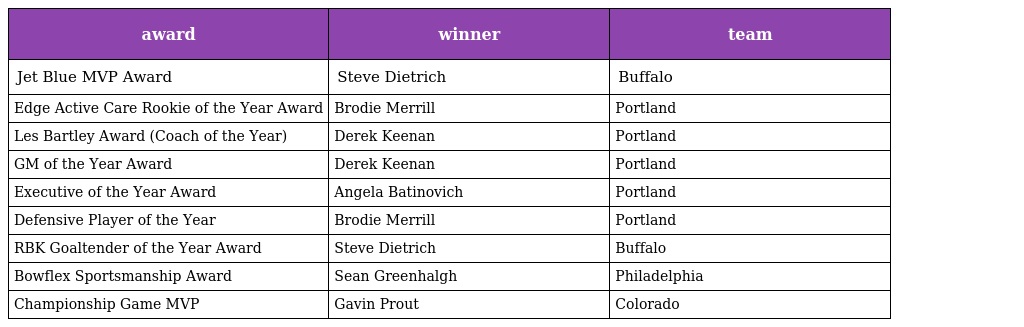
| award | winner | team |
 | --- | --- | --- |
 | Jet Blue MVP Award | Steve Dietrich | Buffalo |
 | Edge Active Care Rookie of the Year Award | Brodie Merrill | Portland |
 | Les Bartley Award (Coach of the Year) | Derek Keenan | Portland |
 | GM of the Year Award | Derek Keenan | Portland |
 | Executive of the Year Award | Angela Batinovich | Portland |
 | Defensive Player of the Year | Brodie Merrill | Portland |
 | RBK Goaltender of the Year Award | Steve Dietrich | Buffalo |
 | Bowflex Sportsmanship Award | Sean Greenhalgh | Philadelphia |
 | Championship Game MVP | Gavin Prout | Colorado |